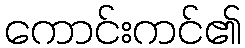
ကောင်းကင်၏